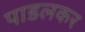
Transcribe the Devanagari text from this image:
पाडलकर